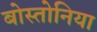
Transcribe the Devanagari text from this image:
बोस्तोनिया